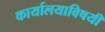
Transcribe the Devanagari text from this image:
कार्यालयाविषयी